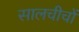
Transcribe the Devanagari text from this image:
सालचीचों